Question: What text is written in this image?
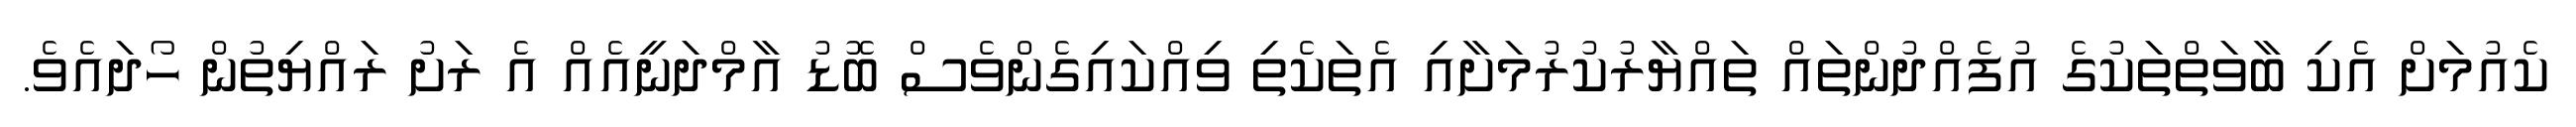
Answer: ކެއުމަށް އެކި ބާވަތްތަކުގެ އުފެއްދުންތައް ތައްޔާރުކުރުމަށާއި އެތަކެތި ވިއްކައިގެންވެސް ބޮޑު އާމްދަނީއެއް އެ ރަށު ރައްޔިތުން ހޯދައެވެ.